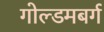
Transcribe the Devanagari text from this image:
गोल्डमबर्ग